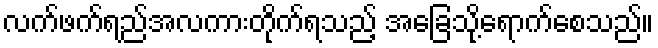
လက်ဖက်ရည်အလကားတိုက်ရသည့် အခြေသို့ရောက်စေသည်။